Lunatic asylums Central Provinces reports 1886-1894 - 1886-1894
Year: 1886
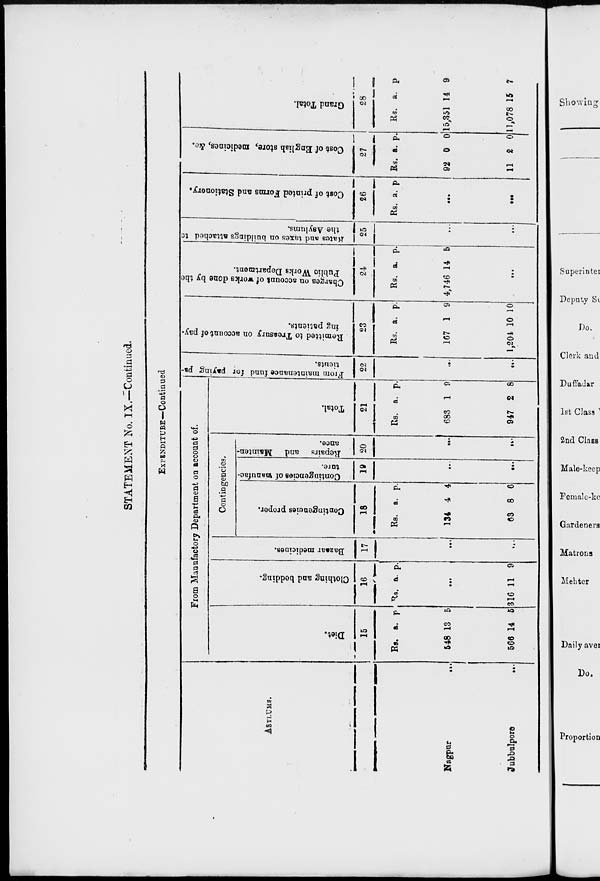
STATEMENT No. IX.—Continued.
EXPENDITURE—Continued
ASYLUMS.
Nagpur
...
Jubbulpore
...
From Manufactory Department on account of.
Diet.
15
Rs.
548
566
a.
13
14
p.
5
5
Clothing and bedding.
16
Rs. a. p.
...
316 11 9
Bazaar medicines.
17
...
...
Contingencies.
Contingencies proper.
18
Rs.
134
63
a.
4
8
p.
4
6
Contingencies of manufac-
ture.
19
...
...
Repairs and
Mainten-
ance.
20
...
...
Total.
21
Rs.
683
947
a.
1
2
p.
9
8
From
maintenance fund for paying pa-
tients.
22
...
...
Remitted to Treasury on account of pay.
ing patients.
23
Rs.
167
1,204
a.
1
10
p.
9
10
Charges on account of works done by the
Public Works Department.
24
Rs.
4,746
a.
14
p.
5
...
Rates
and taxes on buildings attached to
the Asylums.
25
...
...
Cost of printed Forms and Stationery.
26
Rs. a.
p.
...
...
Cost of English store, medicines, &c.
27
Rs.
92
11
a.
0
2
p.
0
0
Grand Total.
28
Rs.
15,351
11,078
a.
14
15
p
9
7